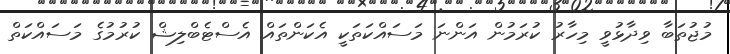
މުޖުތަބާ ވިދާޅުވީ މިހާރު ކުރަމުން އަންނަ މަސައްކަތަކީ އެކަންތައް އެސްޓެބްލިޝް ކުރުމުގެ މަސައްކަތް